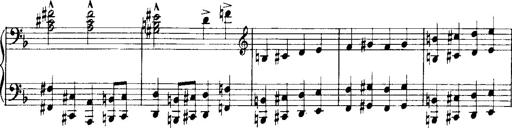
Title: Historische ungarische Bildnisse
Composer: Franz Liszt